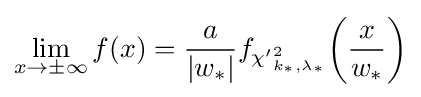
\lim _{x\to \pm \infty }f(x)={\frac {a}{\left|w_{*}\right|}}f_{{\chi '}_{k_{*},\lambda _{*}}^{2}}\!\left({\frac {x}{w_{*}}}\right)